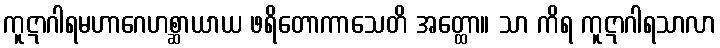
ကူဋာဂါရမဟာဂေဟစ္ဆာယာယ ဖရိတောကာသေတိ အတ္ထော။ သာ ကိရ ကူဋာဂါရသာလာ